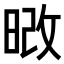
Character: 𭦔